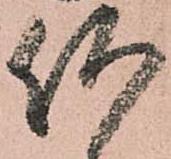
何